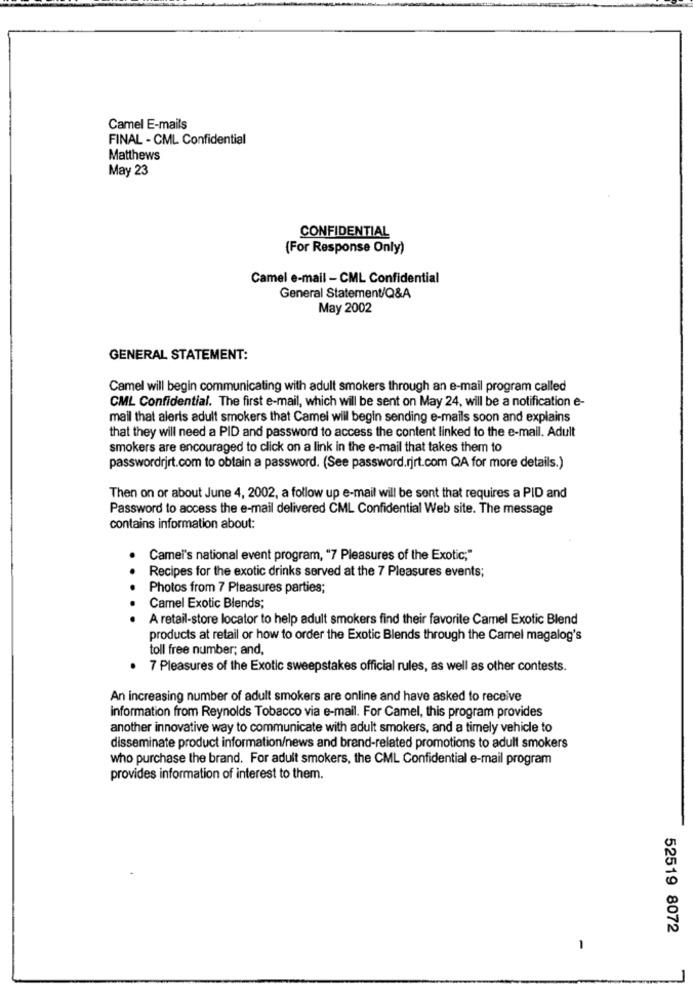
Camel E-mails
FINAL - CML Confidential
Matthews
May 23
CONFIDENTIAL
(For Response Only)
Camel e-mail - CML Confidential
General Statement/Q&A
May 2002
GENERAL STATEMENT:
Camel will begin communicating with adult smokers through an e-mail program called
CML Confidential. The first e-mail, which will be sent on May 24, will be a notification e-
mail that alerts adult smokers that Camei will begin sending e-mails soon and explains
that they will need a PID and password to access the content linked to the e-mail. Adult
smokers are encouraged to click on a link in the e-mail that takes them to
passwordrjrt.com to obtain a password. (See password.rjrt.com QA for more details.)
Then on or about June 4, 2002, a follow up e-mail will be sont that requires a PID and
Password to access the e-mail delivered CML Confidential Web site. The message
contains information about:
Camel's national event program, "7 Pleasures of the Exotic;"
Recipes for the exotic drinks served at the 7 Pleasures events;
Photos from 7 Pleasures parties;
Camel Exotic Blends;
A retail-store locator to help adult smokers find their favorite Camel Exotic Blend
products at retail or how to order the Exotic Blends through the Camel magalog's
toll free number; and,
7 Pleasures of the Exotic sweepstakes official rules, as well as other contests.
An increasing number of adult smokers are online and have asked to receive
information from Reynolds Tobacco via e-mail. For Camel, this program provides
another innovative way to communicate with adult smokers, and a timely vehicle to
disseminate product information/news and brand-related promotions to adult smokers
who purchase the brand. For adult smokers, the CML Confidential e-mail program
provides information of interest to them.
52519 8072